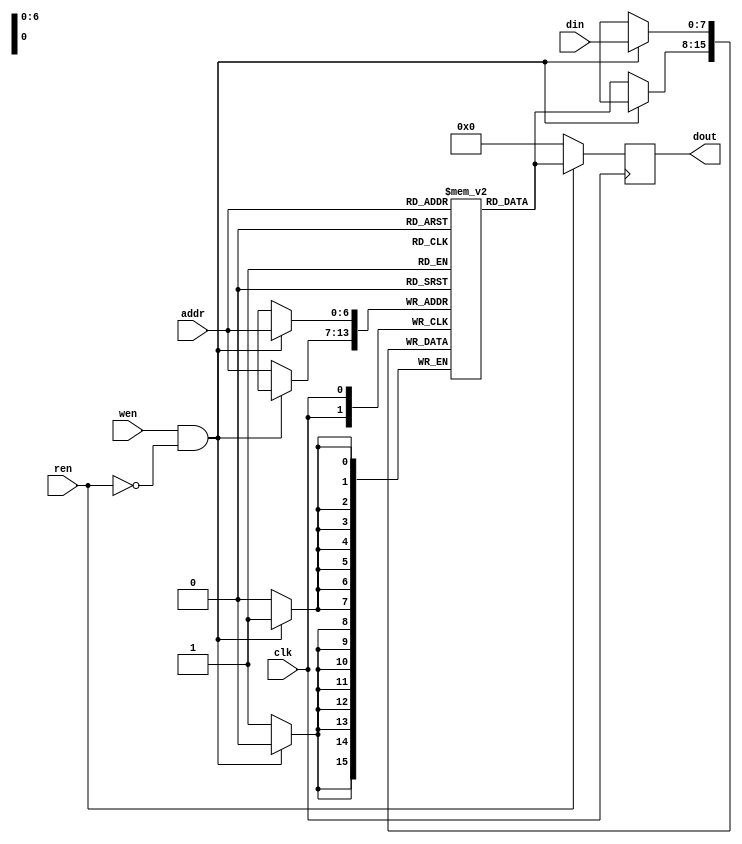
`timescale 1ns/1ps
module Memory (clk, ren, wen, addr, din, dout);
    input clk;
    input ren, wen;
    input [7-1:0] addr;
    input [8-1:0] din;
    output [8-1:0] dout;

    reg [8-1:0] dout = 0;
    reg [8-1:0] my_memory [127:0];

    always @(posedge clk) begin
        if (ren)begin
            dout[8-1:0] <= my_memory[addr];
        end
        else begin
            dout <= 0;
        end
    end
    
    always @(posedge clk) begin
        if (wen && !ren) begin
            my_memory[addr] <= din[8-1:0];
        end
        else begin
            my_memory[addr] <= my_memory[addr];
        end
    end
endmodule

module Sub_Bank_Memory (clk, ren, wen, waddr, raddr, din, dout);
    input clk;
    input ren, wen;
    input [11-1:0] waddr;
    input [11-1:0] raddr;
    input [8-1:0] din;
    output [8-1:0] dout;

    wire [8-1:0] dout;
    wire [8-1:0] a_output, b_output, c_output, d_output;
    wire r0, r1, r2, r3, w0, w1, w2, w3;
    wire [6:0] addr0, addr1, addr2, addr3;

    assign r0 = (ren && (raddr[8:7] == 2'b00)) ? 1 : 0;
    assign r1 = (ren && (raddr[8:7] == 2'b01)) ? 1 : 0;
    assign r2 = (ren && (raddr[8:7] == 2'b10)) ? 1 : 0;
    assign r3 = (ren && (raddr[8:7] == 2'b11)) ? 1 : 0;

    assign w0 = (wen && (waddr[8:7] == 2'b00)) ? 1 : 0;
    assign w1 = (wen && (waddr[8:7] == 2'b01)) ? 1 : 0;
    assign w2 = (wen && (waddr[8:7] == 2'b10)) ? 1 : 0;
    assign w3 = (wen && (waddr[8:7] == 2'b11)) ? 1 : 0;

    assign addr0 = (r0) ? raddr[6:0] : waddr[6:0];
    assign addr1 = (r1) ? raddr[6:0] : waddr[6:0];
    assign addr2 = (r2) ? raddr[6:0] : waddr[6:0];
    assign addr3 = (r3) ? raddr[6:0] : waddr[6:0];

    Memory sbank0(clk, r0, w0, addr0, din, a_output);
    Memory sbank1(clk, r1, w1, addr1, din, b_output);
    Memory sbank2(clk, r2, w2, addr2, din, c_output);
    Memory sbank3(clk, r3, w3, addr3, din, d_output);

    or o1 [7:0] (dout, a_output, b_output, c_output, d_output); //
endmodule


module Multi_Bank_Memory (clk, ren, wen, waddr, raddr, din, dout);
    input clk;
    input ren, wen;
    input [11-1:0] waddr;
    input [11-1:0] raddr;
    input [8-1:0] din;
    output [8-1:0] dout;

    wire [8-1:0] dout;
    wire [8-1:0] a_output, b_output, c_output, d_output;
    wire r0, r1, r2, r3, w0, w1, w2, w3;

    assign r0 = (ren && (raddr[10:9] == 2'b00)) ? 1 : 0;
    assign r1 = (ren && (raddr[10:9] == 2'b01)) ? 1 : 0;
    assign r2 = (ren && (raddr[10:9] == 2'b10)) ? 1 : 0;
    assign r3 = (ren && (raddr[10:9] == 2'b11)) ? 1 : 0;

    assign w0 = (wen && (waddr[10:9] == 2'b00)) ? 1 : 0;
    assign w1 = (wen && (waddr[10:9] == 2'b01)) ? 1 : 0;
    assign w2 = (wen && (waddr[10:9] == 2'b10)) ? 1 : 0;
    assign w3 = (wen && (waddr[10:9] == 2'b11)) ? 1 : 0;

    Sub_Bank_Memory bank0(clk, r0, w0, waddr, raddr, din, a_output);
    Sub_Bank_Memory bank1(clk, r1, w1, waddr, raddr, din, b_output);
    Sub_Bank_Memory bank2(clk, r2, w2, waddr, raddr, din, c_output);
    Sub_Bank_Memory bank3(clk, r3, w3, waddr, raddr, din, d_output);

    or o1 [7:0] (dout, a_output, b_output, c_output, d_output); //    
endmodule